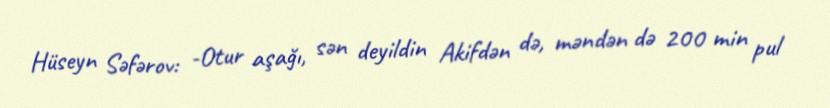
Hüseyn Səfərov: -Otur aşağı, sən deyildin Akifdən də, məndən də 200 min pul